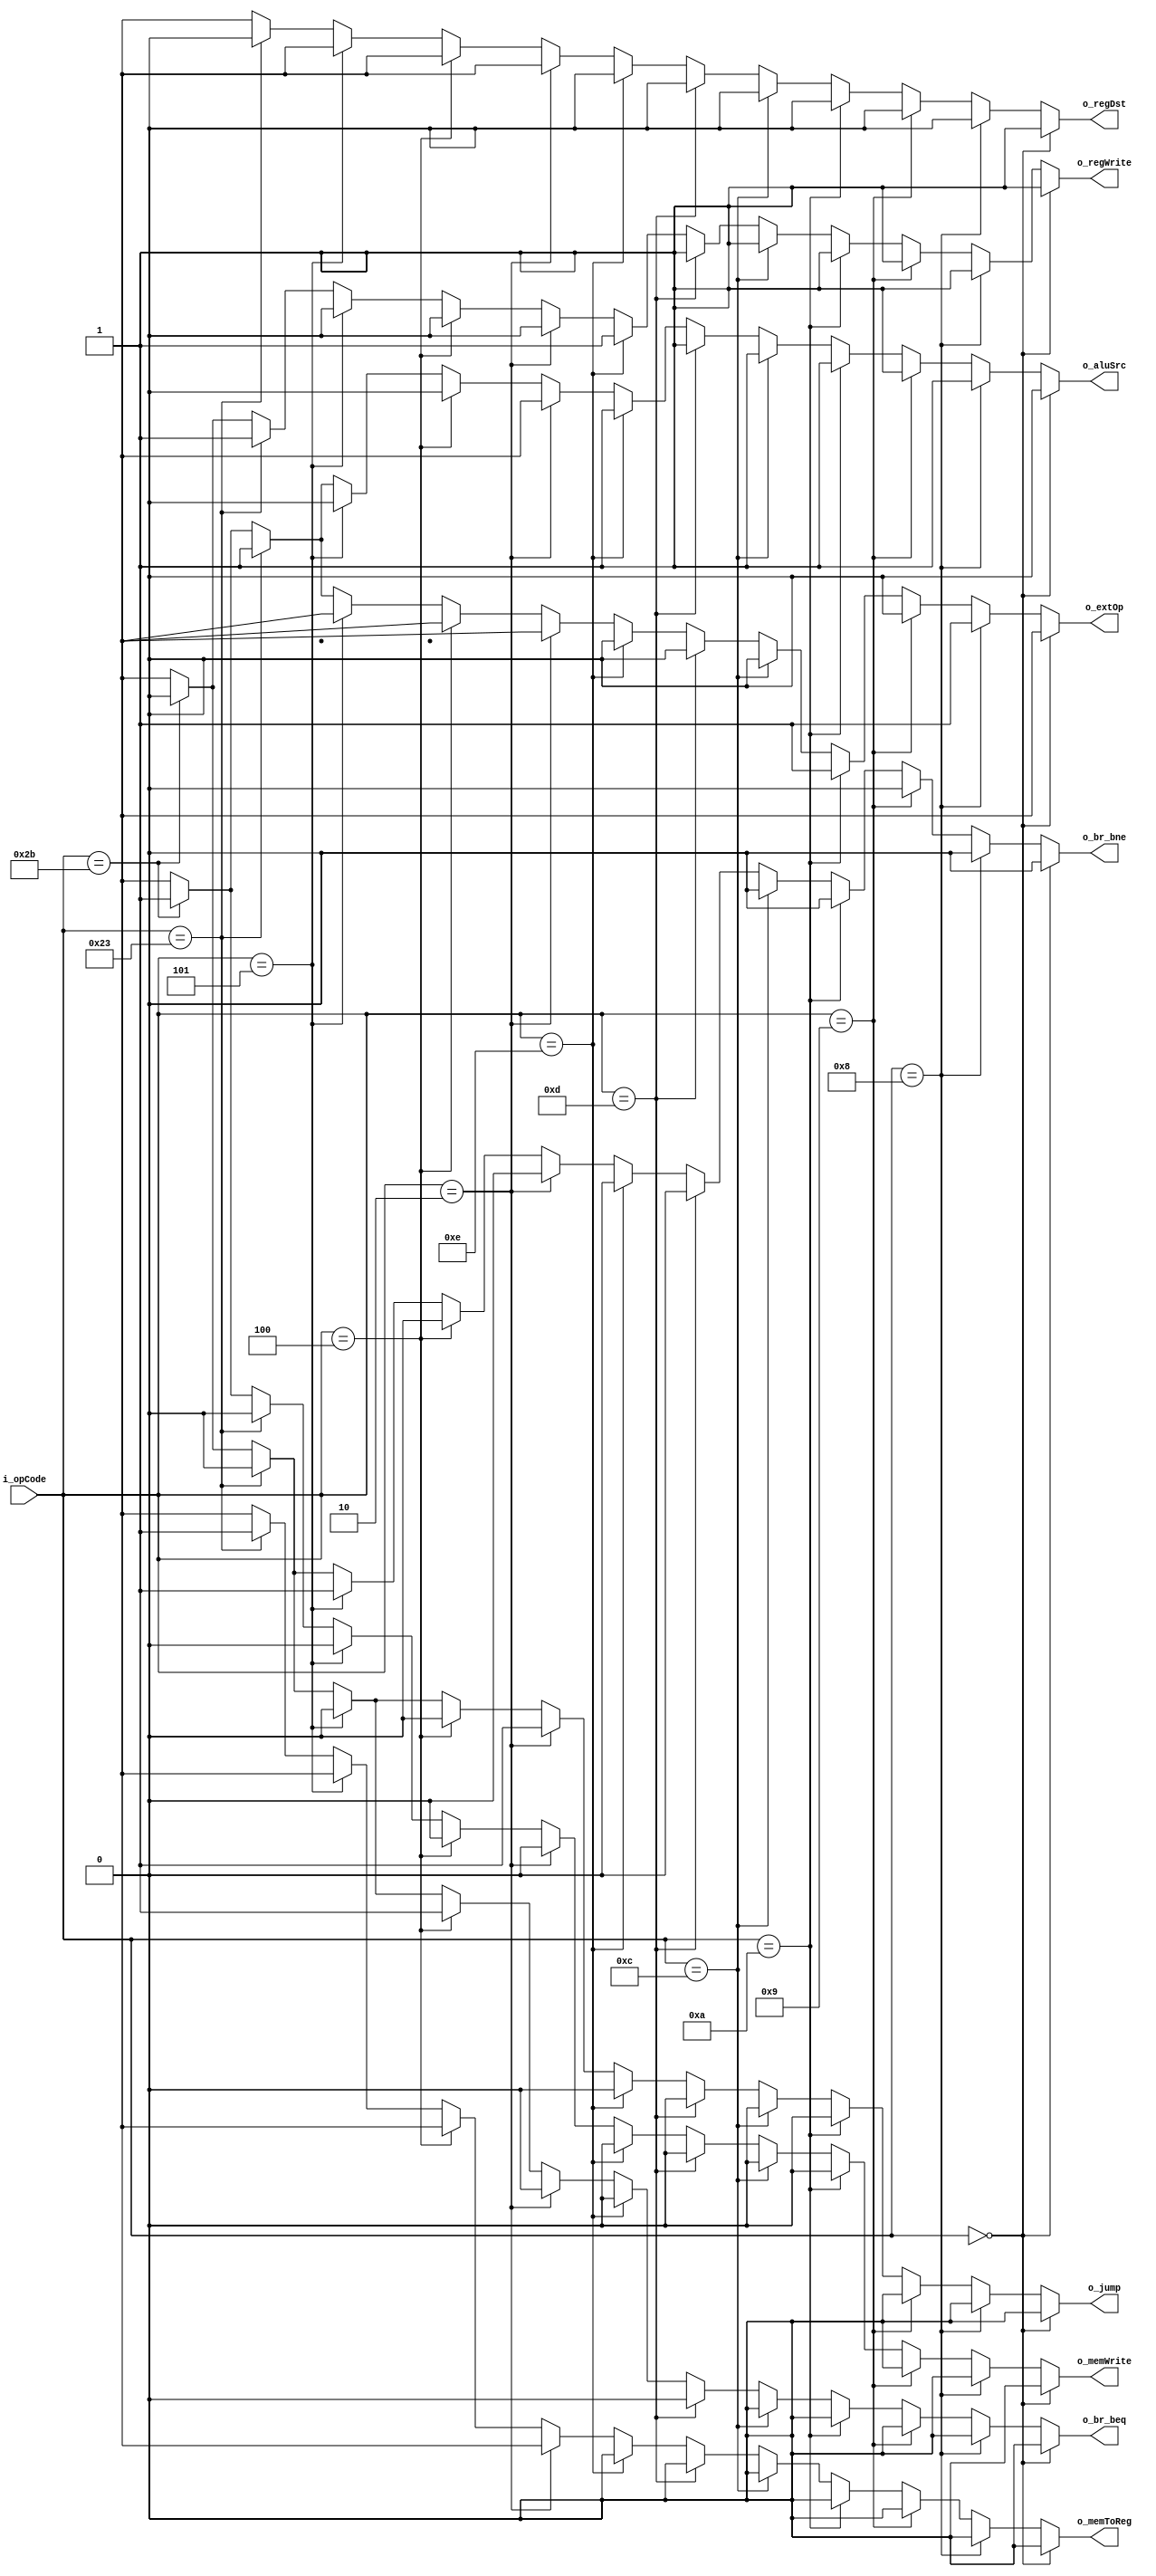
module control_unit(
input       [5:0] i_opCode,
output reg        o_regDst,
output reg        o_regWrite,
output reg        o_jump,
output reg        o_br_beq,
output reg        o_br_bne,
output reg        o_extOp,
output reg        o_aluSrc,
output reg        o_memWrite,
output reg        o_memToReg
  );

reg [5:0] OP_RTYPE;		
reg [5:0] OP_ADDI; 		
reg [5:0] OP_ADDIU; 	
reg [5:0] OP_SLTI; 		
reg [5:0] OP_ANDI; 		
reg [5:0] OP_ORI; 		
reg [5:0] OP_XORI;		
reg [5:0] OP_J;			
reg [5:0] OP_BEQ; 		
reg [5:0] OP_BNE; 		
reg [5:0] OP_LW; 		
reg [5:0] OP_SW; 		

initial begin
OP_RTYPE 	=	6'b000000;
OP_ADDI 		= 	6'b001000;
OP_ADDIU 	= 	6'b001001;
OP_SLTI 		= 	6'b001010;
OP_ANDI 		= 	6'b001100;
OP_ORI 		= 	6'b001101;
OP_XORI 		= 	6'b001110;
OP_J 			= 	6'b000010;
OP_BEQ 		= 	6'b000100;
OP_BNE 		= 	6'b000101;
OP_LW 		= 	6'b100011;
OP_SW 		= 	6'b101011;
end

always @(i_opCode) begin
  // Default values placeholder
    o_br_beq    = 1'b0;
    o_br_bne    = 1'b0;
    o_jump      = 1'b0;
    o_memWrite  = 1'b0;
  // Match logic
  casez(i_opCode)
    // R-type common instructions
    OP_RTYPE  : begin                  
                  o_regDst    = 1'b1; // 1: RW<=Rd
                  o_regWrite  = 1'b1; // 1: Write RW
                  o_extOp     = 1'bx; // dont care
                  o_aluSrc    = 1'b0; // 0: ALU_B<=BusB
                  o_memToReg  = 1'b0; // 0: BusW<=ALU_i_sel
                end
                
    // I-type instructions
    OP_ADDI   : begin
                  o_regDst    = 1'b0; // 0: RW<=Rt
                  o_regWrite  = 1'b1; // 1: Write RW
                  o_extOp     = 1'b1; // 0: zero; 1: sign
                  o_aluSrc    = 1'b1; // 1: ALU_B<=Imm
                  o_memToReg  = 1'b0; // 0: BusW<=ALU_i_sel
                end
                
    OP_ADDIU  : begin
                  o_regDst    = 1'b0; // 0: RW<=Rt
                  o_regWrite  = 1'b1; // 1: Write RW
                  o_extOp     = 1'b0; // 0: zero
                  o_aluSrc    = 1'b1; // 1: ALU_B<=Imm
                  o_memToReg  = 1'b0; // 0: BusW<=ALU_i_sel
                end
                
    OP_SLTI   : begin
                  o_regDst    = 1'b0; // 0: RW<=Rt
                  o_regWrite  = 1'b1; // 1: Write RW
                  o_extOp     = 1'b1; // 1: sign
                  o_aluSrc    = 1'b1; // 1: ALU_B<=Imm
                  o_memToReg  = 1'b0; // 0:BusW<=ALU_i_sel
                end
                
    OP_ANDI   : begin
                  o_regDst    = 1'b0; // 0: RW<=Rt
                  o_regWrite  = 1'b1; // 1: Write RW
                  o_extOp     = 1'b0; // 0: zero
                  o_aluSrc    = 1'b1; // 1: ALU_B<=Imm
                  o_memToReg  = 1'b0; // 0:BusW<=ALU_i_sel
                end
                
    OP_ORI    : begin
                  o_regDst    = 1'b0; // 0: RW<=Rt
                  o_regWrite  = 1'b1; // 1: Write RW
                  o_extOp     = 1'b0; // 0: zero
                  o_aluSrc    = 1'b1; // 1: ALU_B<=Imm
                  o_memToReg  = 1'b0; // 0:BusW<=ALU_i_sel
                end
                
    OP_XORI   : begin
                  o_regDst    = 1'b0; // 0: RW<=Rt
                  o_regWrite  = 1'b1; // 1: Write RW
                  o_extOp     = 1'b0; // 0: zero
                  o_aluSrc    = 1'b1; // 1: ALU_B<=Imm
                  o_memToReg  = 1'b0; // 0: BusW<=ALU_i_sel
                end
                
    // Special instructions
    OP_J      : begin
                  o_jump      = 1'b1;
                  
                  o_regDst    = 1'bx; // RW<= dont care
                  o_regWrite  = 1'b0; // 0: No write
                  o_extOp     = 1'bx; // dont care
                  o_aluSrc    = 1'bx; // ALU_B<= dont care
                  o_memToReg  = 1'bx; // BusW<= dont care
                end
                
    OP_BEQ    : begin
                  o_br_beq    = 1'b1;
                                    
                  o_regDst    = 1'bx; // RW<= dont care
                  o_regWrite  = 1'b0; // 0: No write
                  o_extOp     = 1'bx; // dont care
                  o_aluSrc    = 1'b0; // 0: ALU_B<=BusB
                  o_memToReg  = 1'bx; // BusW<= dont care
                end
                
    OP_BNE    : begin
                  o_br_bne    = 1'b1;
                  
                  o_regDst    = 1'bx; // RW<= dont care
                  o_regWrite  = 1'b0; // 0: No write
                  o_extOp     = 1'bx; // dont care
                  o_aluSrc    = 1'b0; // 0: ALU_B<=BusB

                  o_memToReg  = 1'bx; // BusW<= dont care
                end
                
    OP_LW     : begin
                  o_regDst    = 1'b0; // 0: RW<=Rt
                  o_regWrite  = 1'b1; // 1: Write RW
                  o_extOp     = 1'b1; // 0: zero; 1: sign
                  o_aluSrc    = 1'b1; // 1: ALU_B<=Imm
                  o_memToReg  = 1'b1; // 1: BusW<=MEM_i_sel
                end
                
    OP_SW     : begin
                  o_memWrite  = 1'b1;
                  o_regDst    = 1'bx; // RW<= dont care
                  o_regWrite  = 1'b0; // 0: No write
                  o_extOp     = 1'b1; // 1: sign
                  o_aluSrc    = 1'b1; // 1: ALU_B<=Imm
                  o_memToReg  = 1'bx; // BusW<= dont care
                end
                
    // No match placeholder
    default   : begin
                  // Set all as X - 
                  // error visible during simultaion,
                  // full case during synthesis.
                  o_regDst    = 1'bx;
                  o_regWrite  = 1'bx;
                  o_jump      = 1'bx;
                  o_br_beq    = 1'bx;
                  o_br_bne    = 1'bx;
                  o_extOp     = 1'bx;
                  o_aluSrc    = 1'bx;
                  o_memWrite  = 1'bx;
                  o_memToReg  = 1'bx;
                end
    
  endcase
end

endmodule